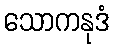
သောကနုဒံ